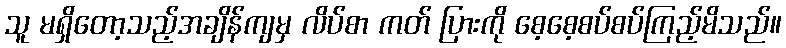
သူ မရှိတော့သည့်အချိန်ကျမှ လိပ်စာ ကတ် ပြားကို စေ့စေ့စပ်စပ်ကြည့်မိသည်။